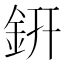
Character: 銒